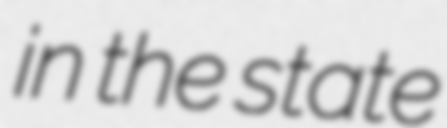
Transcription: in the state